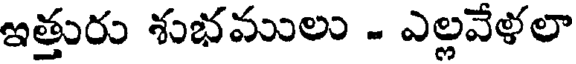
ఇత్తురు శుభములు - ఎల్లవేళలా